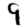
Digit: 9